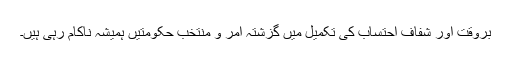
بروقت اور شفاف احتساب کی تکمیل میں گزشتہ آمر و منتخب حکومتیں ہمیشہ ناکام رہی ہیں۔